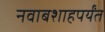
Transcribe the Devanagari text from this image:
नवाबशाहपर्यंत